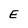
Character: E